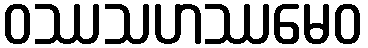
ဝဿသဟဿမေဝ